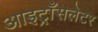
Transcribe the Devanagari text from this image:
आइट्राँसलेटर